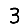
Digit: 3